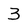
Character: 3